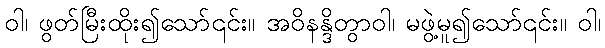
ဝါ၊ ဖွတ်မြီးထိုး၍သော်၎င်း။ အဝိနန္ဒိတွာဝါ၊ မဖွဲ့မူ၍သော်၎င်း။ ဝါ၊